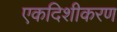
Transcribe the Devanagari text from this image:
एकदिशीकरण